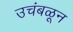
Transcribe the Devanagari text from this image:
उचंबळून